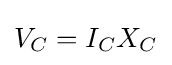
V_{C}=I_{C}X_{C}\,\!